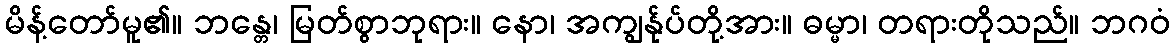
မိန့်တော်မူ၏။ ဘန္တေ၊ မြတ်စွာဘုရား။ နော၊ အကျွန်ုပ်တို့အား။ ဓမ္မာ၊ တရားတိုသည်။ ဘဂဝံ